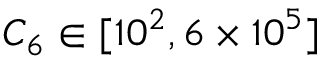
C _ { 6 } \in [ 1 0 ^ { 2 } , 6 \times 1 0 ^ { 5 } ]